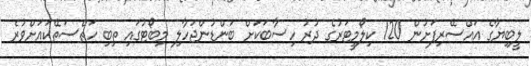
ލީބިޔާގެ އައްސޭރިފަށުން 120 ކިލޯމީޓަރުގެ ދުރު ހިސާބަކަށް ބަންޑުންޖަހާލި މިބޯޓުގައި ތިބި ހަތްސަތޭކައަށްވުރެ